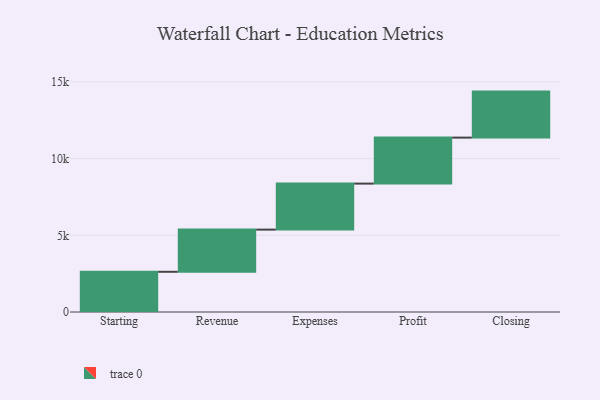
{"axis": {"x": "Step", "y": "Value"}, "legend": [""], "data": [{"x": "Starting", "y": 2622.0, "type": ""}, {"x": "Revenue", "y": 2750.0, "type": ""}, {"x": "Expenses", "y": 3000, "type": ""}, {"x": "Profit", "y": 3000, "type": ""}, {"x": "Closing", "y": 3000, "type": ""}]}